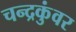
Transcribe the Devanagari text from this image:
चन्द्रकुंवर